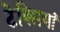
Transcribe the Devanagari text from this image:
टेक्सियां